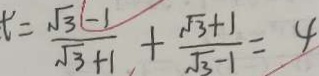
t = \frac { \sqrt { 3 } - 1 } { \sqrt { 3 } + 1 } + \frac { \sqrt { 3 } + 1 } { \sqrt { 3 } - 1 } = 4